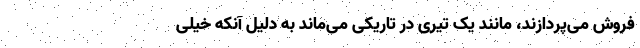
فروش می‌پردازند، مانند یک تیری در تاریکی می‌ماند به دلیل آنکه خیلی